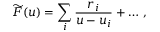
\widetilde F ( u ) = \sum _ { i } { \frac { r _ { i } } { u - u _ { i } } } + \ldots \, ,